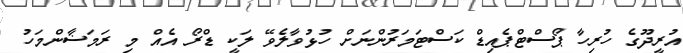
އުރީދޫގެ ހުރިހާ ޕޯސްޓްޕެއިޑް ކަސްޓަމަރުންނަށް ހުޅުވާލެވޭ ލަކީ ޑްރޯ އެއް މި ރަމަޟާންމަހު